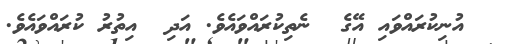
އުނިކުރައްވައި އޭގެ  ނެތިިކުރައްވައެވެ. އަދި  އިތުރު ކުރައްވައެވެ.